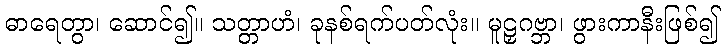
ဓာရေတွာ၊ ဆောင်၍။ သတ္တာဟံ၊ ခုနစ်ရက်ပတ်လုံး။ မူဠှဂဗ္ဘာ၊ ဖွားကာနီးဖြစ်၍